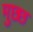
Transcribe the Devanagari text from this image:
मुछ्छ